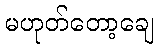
မဟုတ်တော့ချေ